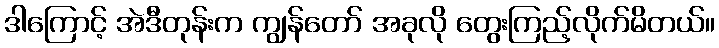
ဒါကြောင့် အဲဒီတုန်းက ကျွန်တော် အခုလို တွေးကြည့်လိုက်မိတယ်။